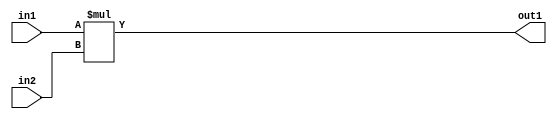
`timescale 1ps / 1ps
/*****************************************************************************
    Verilog RTL Description
    
    
    Created by: Stratus DpOpt 2019.1.01 
*******************************************************************************/

module ColorTransform_Mul_8Ux8U_16U_4 (
	in2,
	in1,
	out1
	); /* architecture "behavioural" */ 
input [7:0] in2,
	in1;
output [15:0] out1;
wire [15:0] asc001;

assign asc001 = 
	+(in1 * in2);

assign out1 = asc001;
endmodule

/* CADENCE  urn5TQ0= : u9/ySgnWtBlWxVPRXgAZ4Og= ** DO NOT EDIT THIS LINE ******/